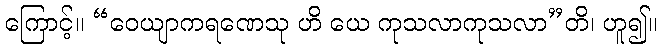
ကြောင့်။ “ဝေယျာကရဏေသု ဟိ ယေ ကုသလာကုသလာ”တိ၊ ဟူ၍။